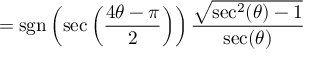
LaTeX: = \operatorname { s g n } \left( \sec \left( { \frac { 4 \theta - \pi } { 2 } } \right) \right) { \frac { \sqrt { \sec ^ { 2 } ( \theta ) - 1 } } { \sec ( \theta ) } }